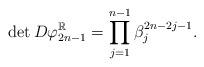
LaTeX: \begin{align*} \det D\varphi_{2n-1}^\mathbb{R} = \prod \limits_{j = 1}^{n - 1} \beta_j^{2n-2j-1}.\end{align*}